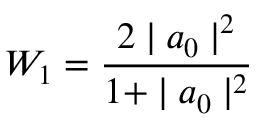
W _ { 1 } = \frac { 2 \mid a _ { 0 } \mid ^ { 2 } } { 1 + \mid a _ { 0 } \mid ^ { 2 } }